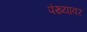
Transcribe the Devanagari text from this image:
पंख्यावर